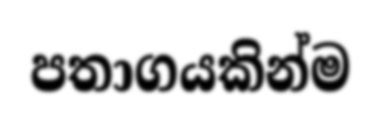
පතාගයකින්ම